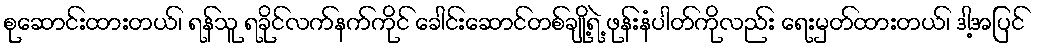
စုဆောင်းထားတယ်၊ ရန်သူ ရခိုင်လက်နက်ကိုင် ခေါင်းဆောင်တစ်ချို့ရဲ့ ဖုန်းနံပါတ်ကိုလည်း ရေးမှတ်ထားတယ်၊ ဒါ့အပြင်